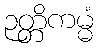
ဉတ္တိကမ္မံ